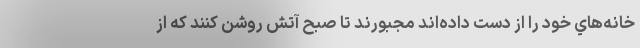
خانه‌هاي خود را از دست داده‌اند مجبورند تا صبح آتش روشن كنند كه از